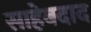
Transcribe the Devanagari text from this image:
साहेबदाद